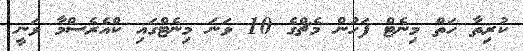
ކުރިތާ ހަތް މިނެޓް ފަހުން މެޗްގެ 10 ވަނަ މިނެޓްގައި ކްއެރެސްމާ ވަނީ